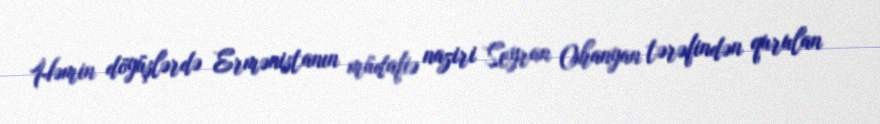
Həmin döyüşlərdə Ermənistanın müdafiə naziri Seyran Ohanyan tərəfindən qurulan